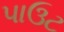
પાઉટ